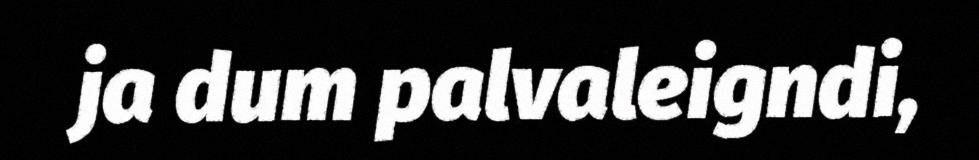
ja dum palvaleigndi,